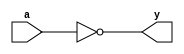
//data flow level design for not gate
module notdlvl(output y, input a);
assign y = ~a;
endmodule